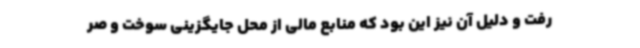
رفت و دلیل آن نیز این بود که منابع مالی از محل جایگزینی سوخت و صر